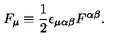
F _ { \mu } \equiv { \frac { 1 } { 2 } } \epsilon _ { \mu \alpha \beta } F ^ { \alpha \beta } .